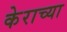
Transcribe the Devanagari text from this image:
केराच्या